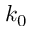
k _ { 0 }